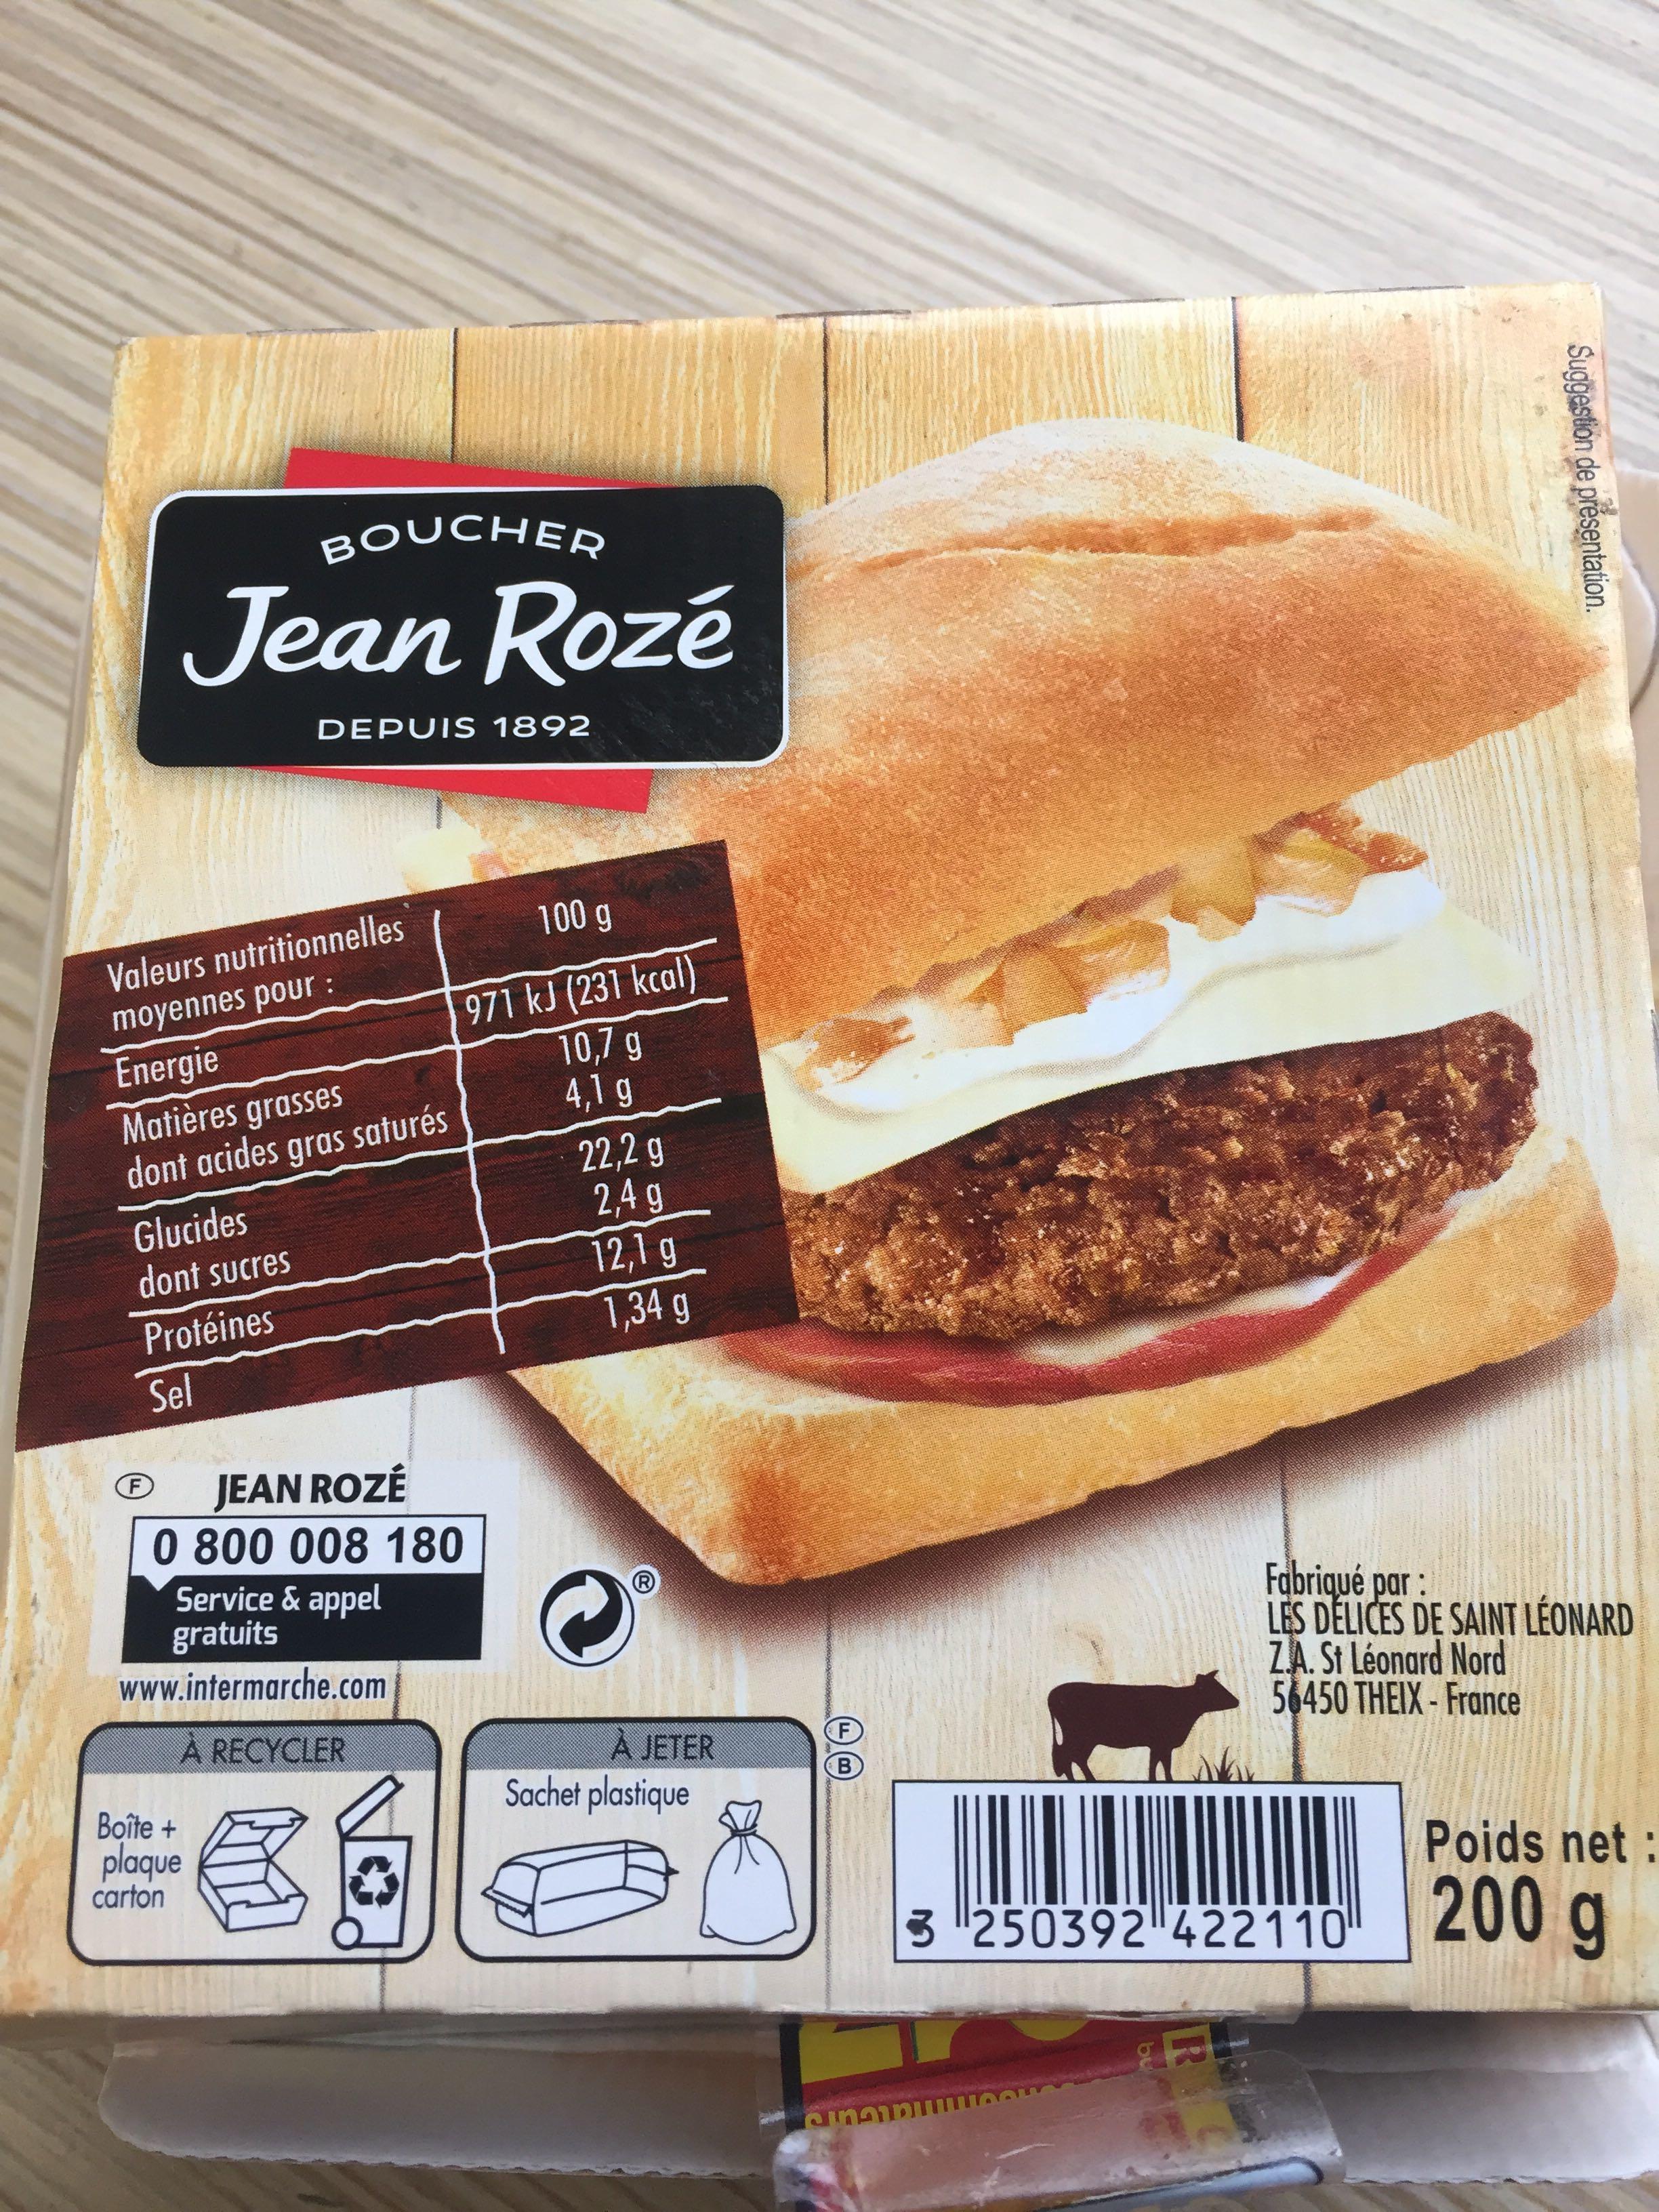
BOUCHER
Jean Rozé
Valeurs nutritionnelles
moyennes pour :
Glucides
dont sucres
Protéines
Sel
Energie
Matières grasses
dont acides gras saturés
F
DEPUIS 1892
Boîte + plaque
carton
JEAN ROZÉ
0 800 008 180
Service & appel gratuits
www.intermarche.com
À RECYCLER
100 g
971 kJ (231 kcal)
10,7 g
4,1 g
22,2 g
2,4 g
12,1 g
1,34 g
À JETER
Sachet plastique
F
B
Singinum
Suggestion de présentation.
Poids net :
3 250392 422110 200 g
bu
R
Fabriqué par:
LES DELICES DE SAINT LÉONARD Z.A. St Léonard Nord 56450 THEIX-France